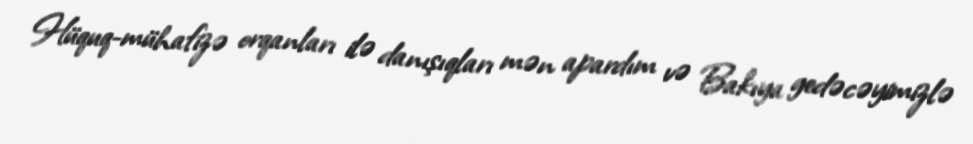
Hüquq-mühafizə orqanları ilə danışıqları mən apardım və Bakıya gedəcəyimizlə